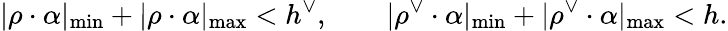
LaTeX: |\rho\cdot\alpha|_{\mathrm{min}}+|\rho\cdot\alpha|_{\mathrm{max}}<h^{\vee},\qquad|\rho^{\vee}\cdot\alpha|_{\mathrm{min}}+|\rho^{\vee}\cdot\alpha|_{\mathrm{max}}<h.